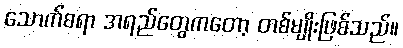
သောက်စရာ အရည်တွေကတော့ တစ်မျိုးဖြစ်သည်။